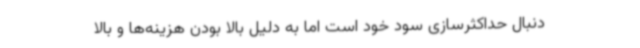
دنبال حداکثرسازی سود خود است اما به دلیل بالا بودن هزینه‌ها و بالا